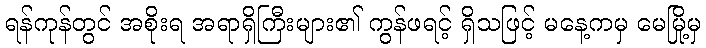
ရန်ကုန်တွင် အစိုးရ အရာရှိကြီးများ၏ ကွန်ဖရင့် ရှိသဖြင့် မနေ့ကမှ မေမြို့မှ